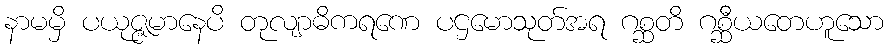
နာမမှိ ပယုဇ္ဇမာနေပိ တုလျာဓိကရဏေ ပဌမောသုတ်အရ ဂစ္ဆတိ ဂစ္ဆီယတေဟူသော